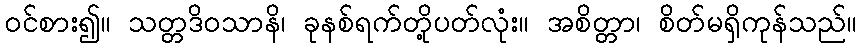
ဝင်စား၍။ သတ္တဒိဝသာနိ၊ ခုနစ်ရက်တို့ပတ်လုံး။ အစိတ္တာ၊ စိတ်မရှိကုန်သည်။